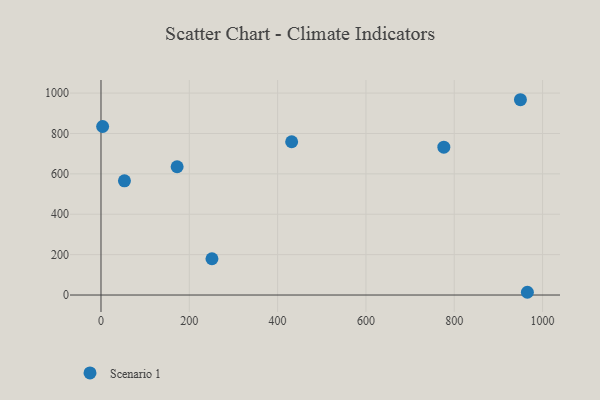
{"axis": {"x": "Distance", "y": "Salary"}, "legend": ["Scenario 1"], "data": [{"x": "172.4", "y": 635.3, "type": "Scenario 1"}, {"x": "949.9", "y": 967.2, "type": "Scenario 1"}, {"x": "3.7", "y": 834.5, "type": "Scenario 1"}, {"x": "431.8", "y": 759.1, "type": "Scenario 1"}, {"x": "776.4", "y": 732.2, "type": "Scenario 1"}, {"x": "965.6", "y": 13.6, "type": "Scenario 1"}, {"x": "53.1", "y": 565.5, "type": "Scenario 1"}, {"x": "251.3", "y": 179.6, "type": "Scenario 1"}]}